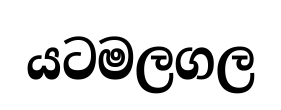
යටමලගල